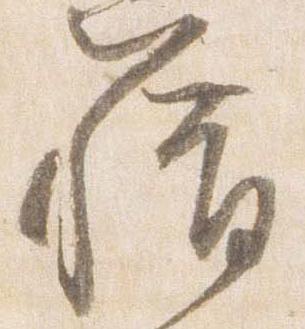
籍